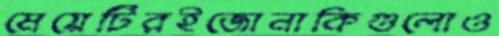
মেয়েটিরইজোনাকিগুলোও